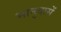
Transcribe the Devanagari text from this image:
भानुदासें